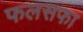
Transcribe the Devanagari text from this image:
फलसफा